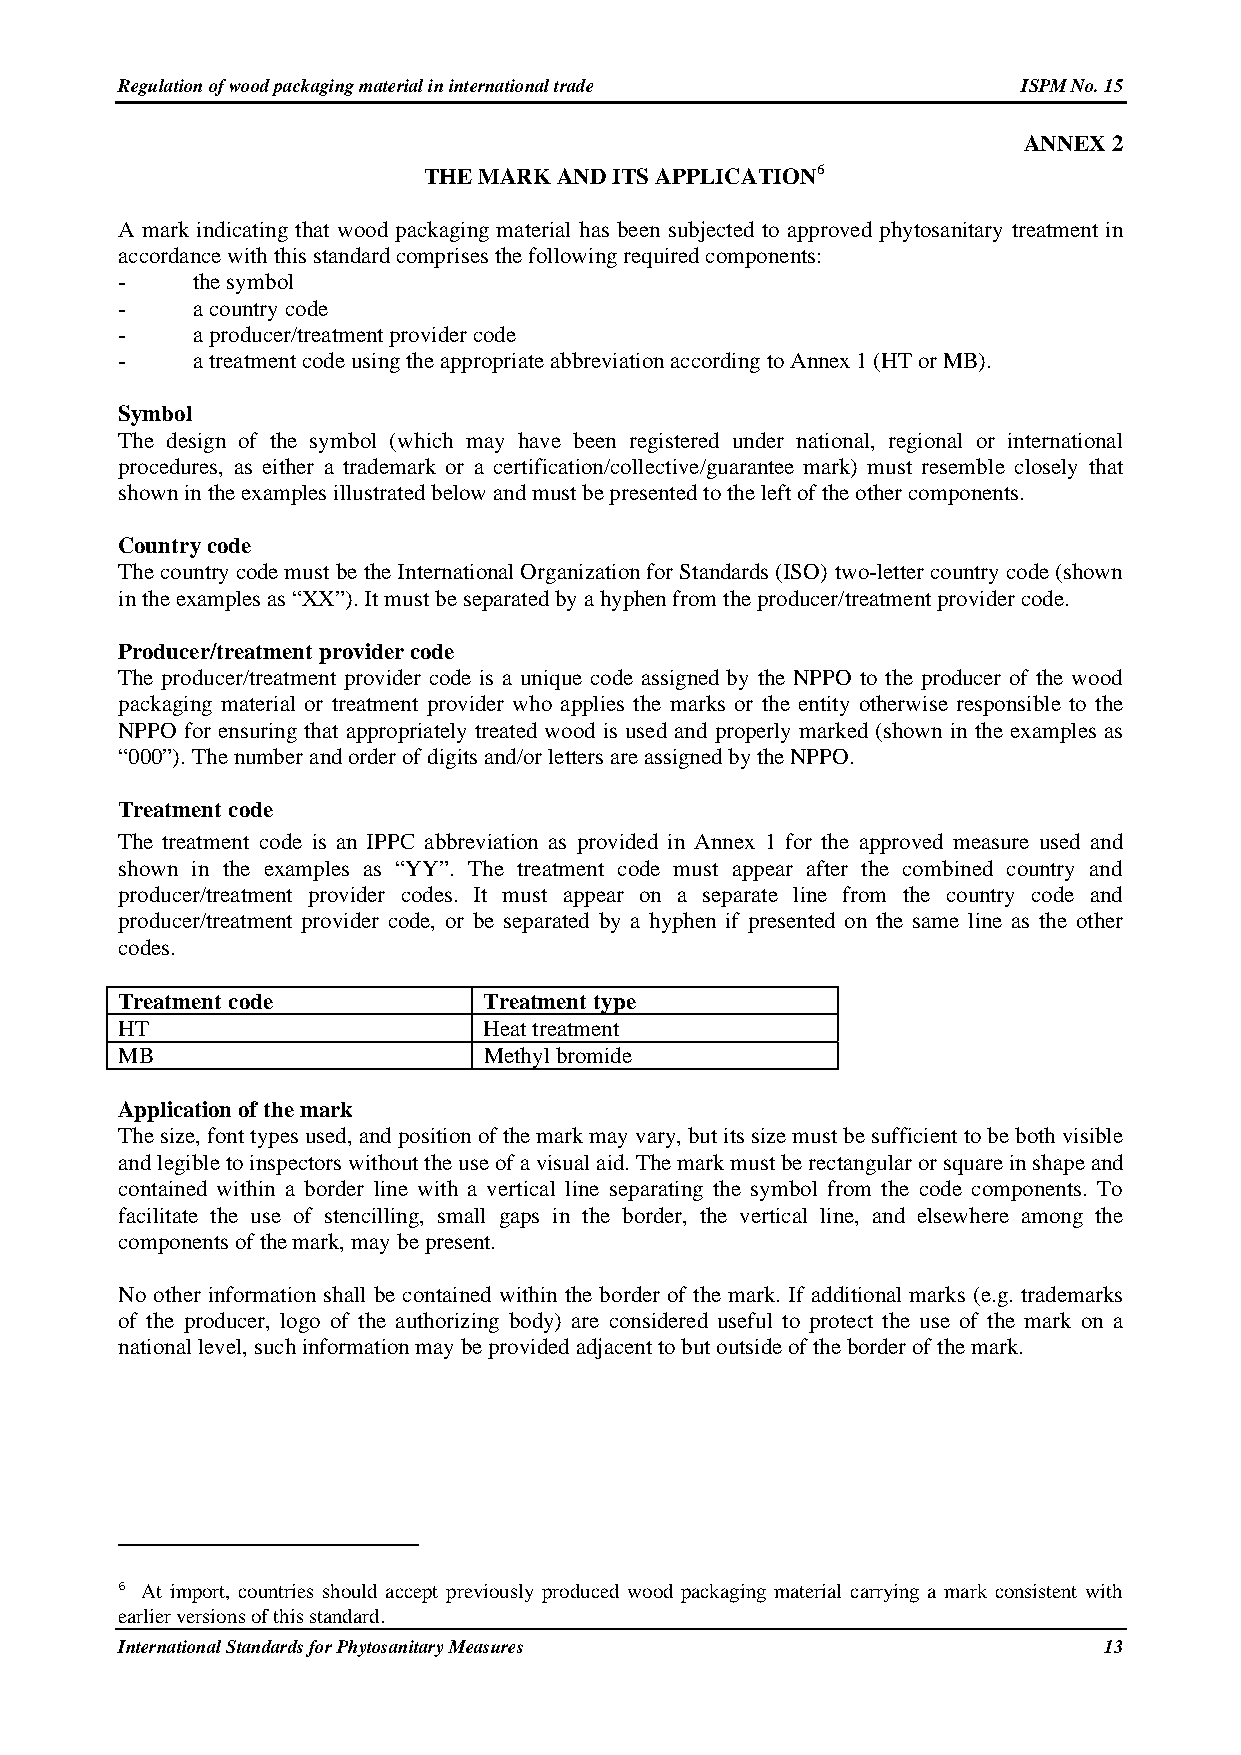
Regulation of wood packaging material in international trade ISPM No. 15
 ANNEX 2
 THE MARK AND ITS APPLICATION6
 A mark indicating that wood packaging material has been subjected to approved phytosanitary treatment in
 accordance with this standard comprises the following required components:
 -    the symbol
 -    a country code
 -    a producer/treatment provider code
 -    a treatment code using the appropriate abbreviation according to Annex 1 (HT or MB).
 Symbol
 The design of the symbol (which may have been registered under national, regional or international
 procedures, as either a trademark or a certification/collective/guarantee mark) must resemble closely that
 shown in the examples illustrated below and must be presented to the left of the other components.
 Country code
 The country code must be the International Organization for Standards (ISO) two-letter country code (shown
 in the examples as “XX”). It must be separated by a hyphen from the producer/treatment provider code.
 Producer/treatment provider code
 The producer/treatment provider code is a unique code assigned by the NPPO to the producer of the wood
 packaging material or treatment provider who applies the marks or the entity otherwise responsible to the
 NPPO for ensuring that appropriately treated wood is used and properly marked (shown in the examples as
 “000”). The number and order of digits and/or letters are assigned by the NPPO.
 Treatment code
 The treatment code is an IPPC abbreviation as provided in Annex 1 for the approved measure used and
 shown in the examples as “YY”. The treatment code must appear after the combined country and
 producer/treatment provider codes. It must appear on a separate line from the country code and
 producer/treatment provider code, or be separated by a hyphen if presented on the same line as the other
 codes.
 Treatment code          Treatment type
 HT                      Heat treatment
 MB                      Methyl bromide
 Application of the mark
 The size, font types used, and position of the mark may vary, but its size must be sufficient to be both visible
 and legible to inspectors without the use of a visual aid. The mark must be rectangular or square in shape and
 contained within a border line with a vertical line separating the symbol from the code components. To
 facilitate the use of stencilling, small gaps in the border, the vertical line, and elsewhere among the
 components of the mark, may be present.
 No other information shall be contained within the border of the mark. If additional marks (e.g. trademarks
 of the producer, logo of the authorizing body) are considered useful to protect the use of the mark on a
 national level, such information may be provided adjacent to but outside of the border of the mark.
 6 At import, countries should accept previously produced wood packaging material carrying a mark consistent with
 earlier versions of this standard.
 International Standards for Phytosanitary Measures               13